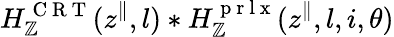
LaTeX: H_{\mathbb{Z}}^{\mathrm{{~C~R~T~}}}(z^{\parallel},l)*H_{\mathbb{Z}}^{\mathrm{{~p~r~l~x~}}}(z^{\parallel},l,i,\theta)